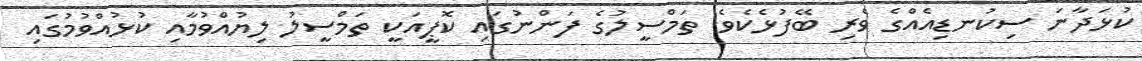
ކުޅަދާނަ ސިކުނޑިއެއްގެ ވެރި ބޭފުޅެކެވެ. ތަމްސީލުގެ ފަންނުގައި ކޮޕީއަކީ ތަމްސީލު ލިޔުއްވުމާއި ކުޅުއްވުމުގައި